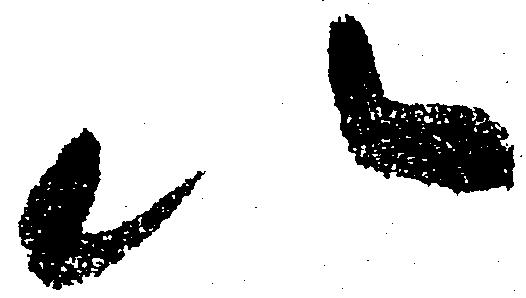
以